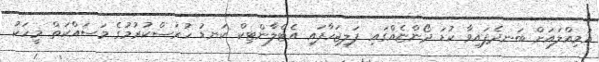
އަމިއްލައަށް ބަނދެފައިވާ ކުޑަ ދޯންޏެއްގައި ފަލިޖަހާފައި އެޓްލާންޓިކް ކަނޑު ހުރަސްކުރުމުގެ މަސައްކަތް މީހަކު